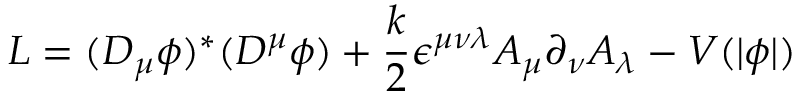
{ \cal L } = ( D _ { \mu } \phi ) ^ { * } ( D ^ { \mu } \phi ) + \frac { k } { 2 } \epsilon ^ { \mu \nu \lambda } A _ { \mu } \partial _ { \nu } A _ { \lambda } - V ( \vert \phi \vert )